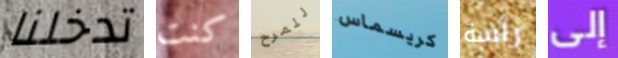
تدخلنا كنت للمرح كريسماس رأسة إلى